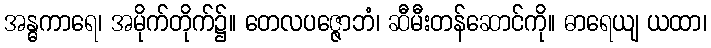
အန္ဓကာရေ၊ အမိုက်တိုက်၌။ တေလပဇ္ဇောဘံ၊ ဆီမီးတန်ဆောင်ကို။ ဓာရေယျ ယထာ၊